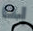
به